Civil Veterinary Department. Central Provinces & Berar 1925-31 - 1925-1931
Year: 1925
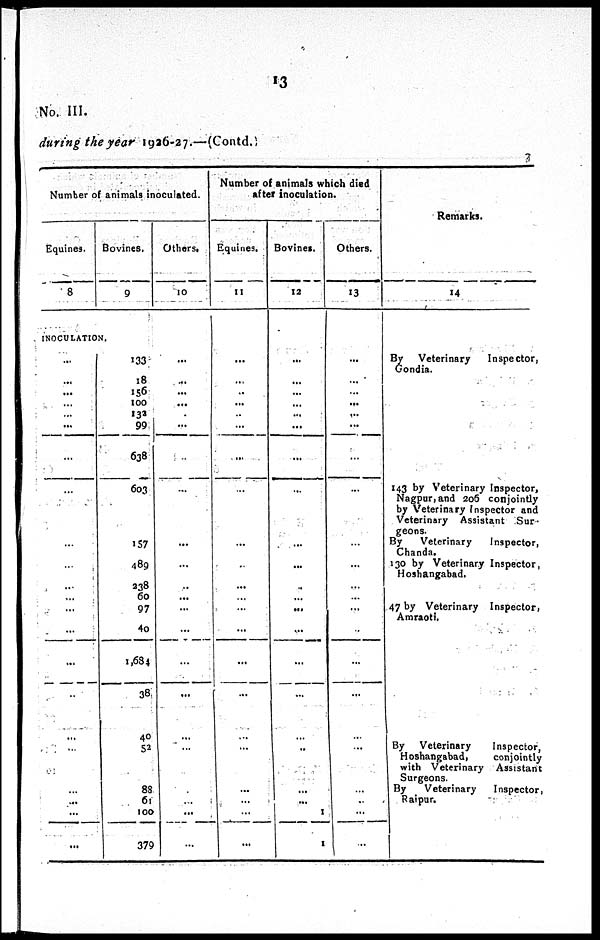
13
No. III.
during the year 1926-27.—(Contd.)
Number of animals inoculated.
Equines.
8
Bovines.
9
INOCULATION.
...
...
...
...
...
...
...
...
...
...
...
...
...
...
...
...
...
...
...
...
...
...
133
18
156
100
132
99
638
603
157
489
238
60
97
40
1,684
38
40
52
88
61
100
379
Others,
10
...
...
...
...
...
...
...
...
...
...
..
...
...
...
...
...
...
...
...
...
...
...
Number of animals which died
after inoculation.
Equines.
11
...
...
..
...
...
...
...
...
...
...
...
...
...
...
...
...
... ...
...
...
...
...
Bovines.
12
...
...
...
...
...
...
...
...
...
...
..
...
...
....
...
...
...
...
...
...
1
1
Others.
13
...
...
...
...
...
...
...
...
...
...
...
...
...
...
...
...
...
...
...
...
...
...
Remarks.
14
By Veterinary
Inspector,
Gondia.
143 by Veterinary Inspector,
Nagpur, and 206 conjointly
by Veterinary Inspector and
Veterinary Assistant Sur-
geons.
By
Veterinary
Inspector,
Chanda.
130 by Veterinary Inspector,
Hoshangabad.
47 by Veterinary Inspector,
Amraoti.
By Veterinary Inspector,
Hoshangabad, conjointly
with Veterinary Assistant
Surgeons.
By
Veterinary
Inspector,
Raipur.